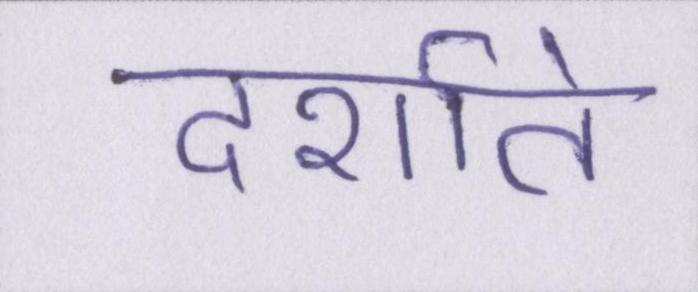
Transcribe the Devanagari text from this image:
दर्शाते